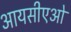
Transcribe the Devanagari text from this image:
आयसीएओ